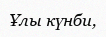
Ұлы күнби,